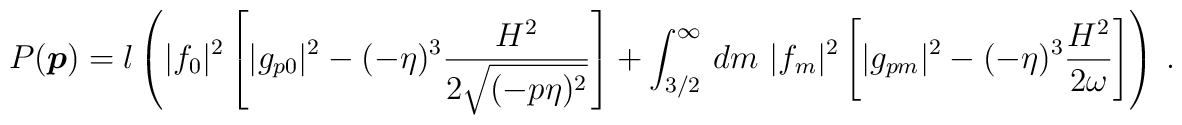
P(\mbox{\boldmath $p$}) = l\left( |f_0|^2 \left[|g_{p0}|^2 -(-\eta)^3\frac{H^2}{2\sqrt{(-p\eta)^2}}\right]              + \int_{3/2}^{\infty} \,dm \ |f_m|^2       \left[|g_{pm}|^2-(-\eta)^3\frac{H^2}{2\omega}\right] \right)\ .